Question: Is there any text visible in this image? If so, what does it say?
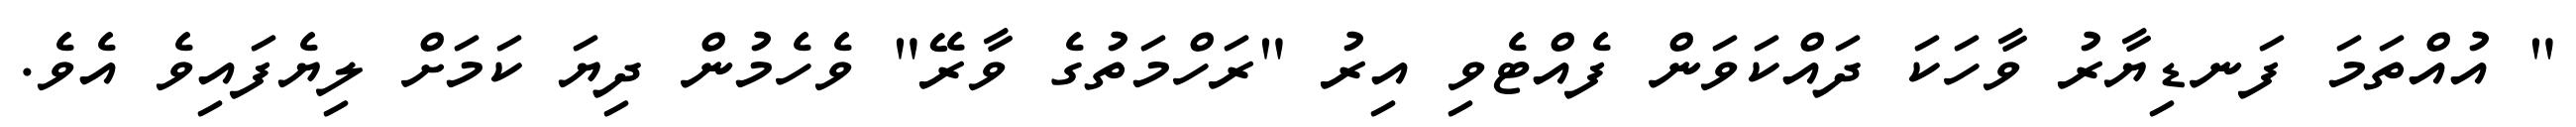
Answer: " އުއްތަމަ ފަނޑިޔާރު ވާހަކަ ދައްކަވަން ފެއްޓެވި އިރު "ރަހްމަތުގެ ވާރޭ" ވެހެމުން ދިޔަ ކަމަށް ލިޔެފައިވެ އެވެ.